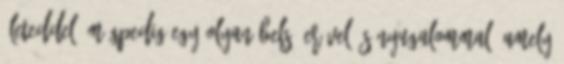
életeddel, mégpedig egy olyan belső erővel és nyugalommal, amely